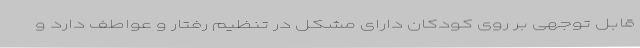
قابل توجهی بر روی کودکان دارای مشکل در تنظیم رفتار و عواطف دارد و